Supplement to the account of plague administration in the Bombay Presidency from September 1896 till May 1897
Year: 1896
Disease focus: Plague
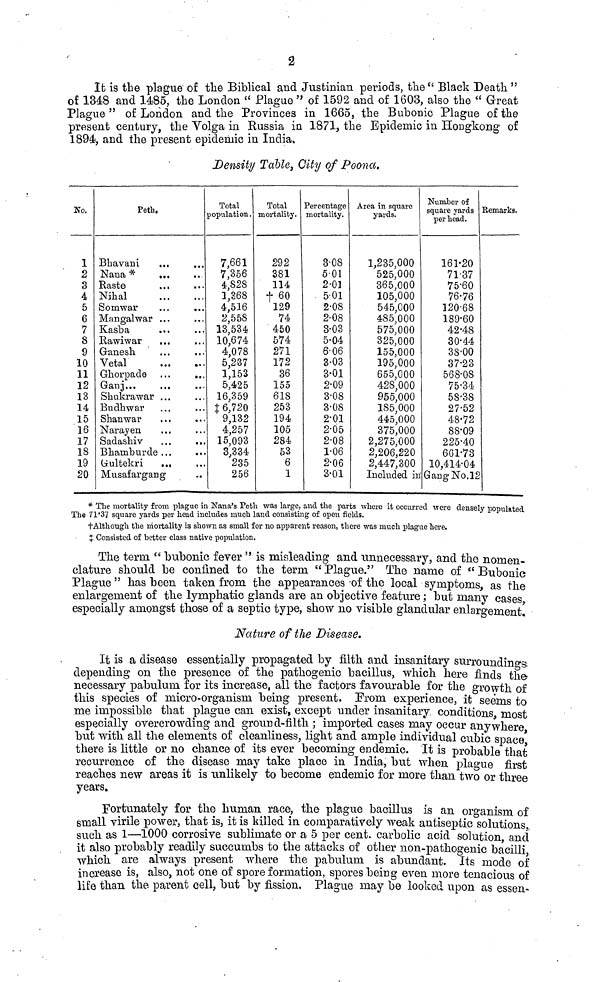
2
It is the plague of the Biblical and Justinian periods, the " Black Death "
of 1348 and 1485, the London " Plague " of 1592 and of 1603, also the " Great
Plague " of London and the Provinces in 1665, the Bubonic Plague of the
present century, the Volga in Russia in 1871, the Epidemic in Hongkong o£
1894, and the present epidemic in India.
Density Table, City of Poona.
No.
1
2
3
4
5
6
7
8
9
10
11
12
13
14
15
16
17
18
19
20
Peth.
Bhavani ... ...
Nana * ... ...
Raste ... ...
Nihal ... ...
Somwar
...
...
Mangalwar ... ...
Kasba
...
...
Rawiwar ... ...
Ganesh ... ...
Vetal ... ...
Ghorpade ... ...
Ganj... ...
Shukrawar ... ...
Budhwar ... ...
Shanwar ... ...
Narayen... ...
Sadashiv... ...
Bhamburde ... ...
Gultekri... ...
Musafargang ...
Total
population.
7,661
7,356
4,828
1,368
4,516
2,558
13,534
10,674
4,078
5,237
1,153
5,425
16,359
6,720
9,132
4,257
15,093
3,334
235
256
Total
mortality.
292
381
114
t 60
129
74
450
574
271
172
36
155
618
253
194
105
284
53
6
1
Percentage
mortality.
3.08
5.01
2.01
5.01
2.08
2.08
3.03
5.04
6.06
3.03
3.01
2.09
3.08
3.08
2.01
2.05
2.08
1.06
2.06
3.01
Area in square
yards.
1,235,000
525,000
365,000
105,000
545,000
485,000
575,000
325,000
155,000
195,000
655,000
428,000
955,000
185,000
445,000
375,000
2,275,000
2,206,220
2,447,300
Included in
Number of
square yards
per head.
161.20
71.37
75.60
76.76
120.68
189.60
42.48
30.44
38.00
37.23
568.08
75.34
58.38
27.52
48.72
88.09
225.40
661.73
10,414.04
Gang No.12
Remarks.
* The mortality from plague in Nana's Peth was large, and the parts where it occurred were densely populated
The 71.37 square yards per head includes much land consisting of open fields.
Although the mortality is shown as small for no apparent reason, there was much plague here.
Consisted of better class native population.
The term " bubonic fever " is misleading and unnecessary, and the nomen-
clature should be confined to the term " Plague." The name of " Bubonic
Plague " has been taken from the appearances of the local symptoms, as the
enlargement of the lymphatic glands are an objective feature ; but many cases,
especially amongst those of a septic type, show no visible glandular enlargement.
Nature of the Disease.
It is a disease essentially propagated by filth and insanitary surroundings
depending on the presence of the pathogenic bacillus, which here finds the
necessary pabulum for its increase, all the factors favourable for the growth of
this species of micro-organism being present. From experience, it seems to
me impossible that plague can exist, except under insanitary conditions, most
especially overcrowding and ground-filth ; imported cases may occur anywhere
but with all the elements of cleanliness, light and ample individual cubic space,
there is little or no chance of its ever becoming endemic. It is probable that
recurrence of the disease may take place in India, but when plague first
reaches new areas it is unlikely to become endemic for more than two or three
years.
Fortunately for the human race, the plague bacillus is an organism of
small virile power, that is, it is killed in comparatively weak antiseptic solutions,
such as 1—1000 corrosive sublimate or a 5 per cent. carbolic acid solution, and
it also probably readily succumbs to the attacks of other non-pathogenic bacilli,
which are always present where the pabulum is abundant. Its mode of
increase is, also, not one of spore formation, spores being even more tenacious of
life than the parent cell, but by fission. Plague may be looked upon as essen-